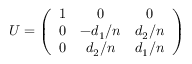
U = \left( \begin{array} { c c c } { { 1 } } & { { 0 } } & { { 0 } } \\ { { 0 } } & { { - d _ { 1 } / n } } & { { d _ { 2 } / n } } \\ { { 0 } } & { { d _ { 2 } / n } } & { { d _ { 1 } / n } } \end{array} \right)